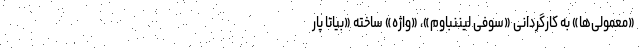
«معمولی‌ها» به کارگردانی «سوفی لیننباوم»، «واژه» ساخته «بیاتا پار